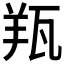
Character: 𦍭